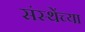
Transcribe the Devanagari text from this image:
संस्थेंच्या